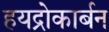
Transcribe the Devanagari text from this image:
हयद्रोकार्बन